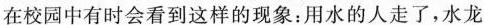
在校园中有时会看到这样的现象：用水的人走了，水龙